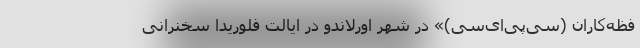
فظه‌کاران (سی‌پی‌ای‌سی)»‌ در شهر اورلاندو در ایالت فلوریدا سخنرانی